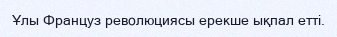
Ұлы Француз революциясы ерекше ықпал етті.